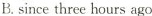
B. since three hours ago